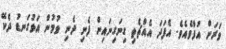
ވަރަށް އުފާވެއެވެ. އެފަދަ އެއްޗެތި ގިނަގިނައިން ފެނި ދެނި ވުމުން އަޅުގަނޑު ދެކޭ